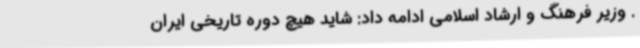
. وزیر فرهنگ و ارشاد اسلامی ادامه داد: شاید هیچ دوره تاریخی ایران